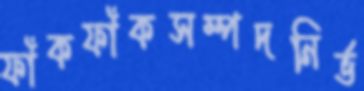
ফাঁকফাঁকসম্পদনির্ভ